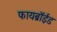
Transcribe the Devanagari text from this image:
फायब्रॉईड